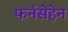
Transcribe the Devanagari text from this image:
फर्नसेहेन